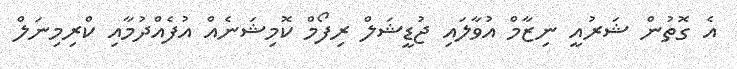
އެ ގޮތުން ޝަރުއީ ނިޒާމް އުވާލައި ޖުޑީޝަލް ރިފޯމް ކޮމިޝަނެއް އުފެއްދުމާއި ކްރިމިނަލް